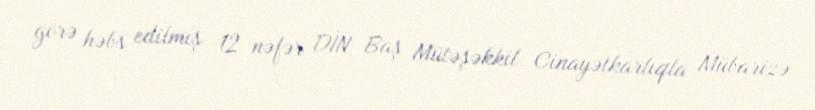
görə həbs edilmiş 12 nəfər DİN Baş Mütəşəkkil Cinayətkarlıqla Mübarizə